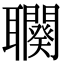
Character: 𦘍